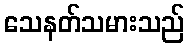
သေနတ်သမားသည်